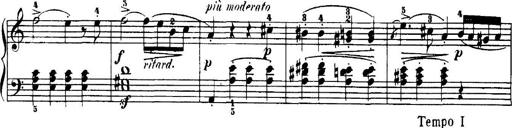
Title: 7 Sonatinas
Composer: Anton Diabelli